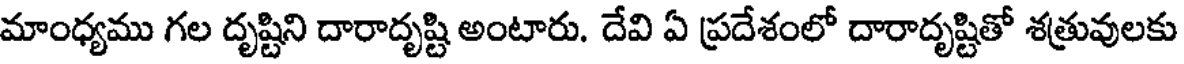
మాంధ్యము గల దృష్టిని దారాదృష్టి అంటారు. దేవి ఏ ప్రదేశంలో దారాదృష్టితో శత్రువులకు